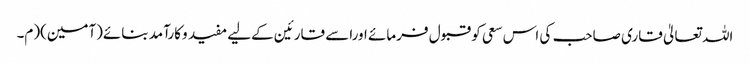
اللہ تعالیٰ قاری صاحب کی اس سعی کو قبول فرمائے اوراسے قارئین کےلیے مفید وکارآمد بنائے(آمین)(م۔